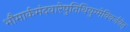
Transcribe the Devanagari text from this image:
भौमार्कमंदवारेषुतिथियुग्मेविवर्जयेत्